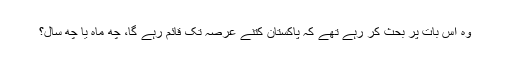
وہ اس بات پر بحث کر رہے تھے کہ پاکستان کتنے عرصہ تک قائم رہے گا، چھ ماہ یا چھ سال؟